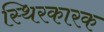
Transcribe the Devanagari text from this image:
स्थिरकारक